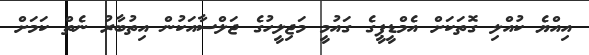
އިއްޔެ ކުއްލި ގޮތަކަށް އެމްޑީޕީގެ ގައުމީ މަޖިލީހުގެ ޖަލްސާއަކުން އިތުބާރު ނެތް ކަމަށް